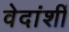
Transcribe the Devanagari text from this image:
वेदांशीं